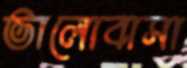
ভালোবাসা